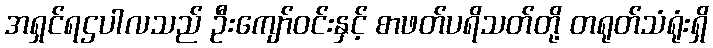
အရှင်ရဌပါလသည် ဦးကျော်ဝင်းနှင့် စာဖတ်ပရိသတ်တို့ တရုတ်သံရုံးရှိ